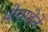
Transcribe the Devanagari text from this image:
घोरपडेने